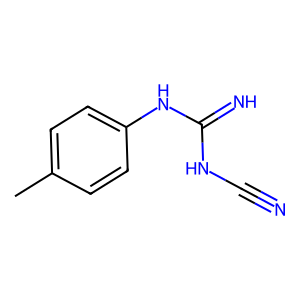
SMILES: Cc1ccc(NC(=N)NC#N)cc1
Inhibits HIV replication: No